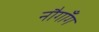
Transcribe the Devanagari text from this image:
नौगाँग